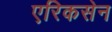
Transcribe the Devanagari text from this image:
एरिकसेन